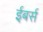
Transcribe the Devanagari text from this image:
ईबर्स